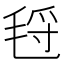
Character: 𰚛